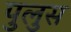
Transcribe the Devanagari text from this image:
पुलुस